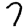
Digit: 7